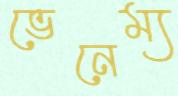
ভেনেম্য